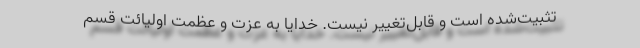
تثبیت‌شده است و قابل‌تغییر نیست. خدایا به عزت و عظمت اولیائت قسم